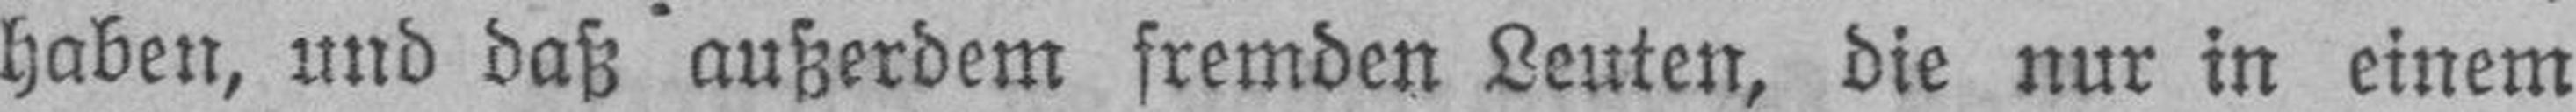
haben, und daß außerdem fremden Leuten, die nur in einem